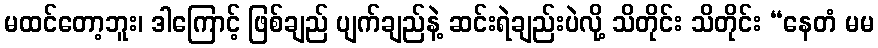
မထင်တော့ဘူး၊ ဒါကြောင့် ဖြစ်ချည် ပျက်ချည်နဲ့ ဆင်းရဲချည်းပဲလို့ သိတိုင်း သိတိုင်း “နေတံ မမ